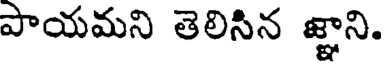
పాయమని తెలిసిన జ్ఞాని.